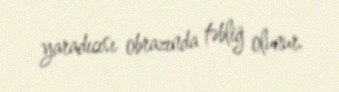
yaradıcısı obrazında təbliğ olunur.